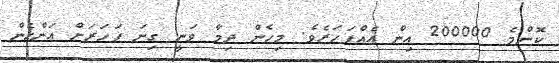
ކޮންމެ 200000 އިން އެއްފަހަރެވެ. މިހެން ދިމާ ވަނީ ގިނަ ފަހަރަށް އަންހެން